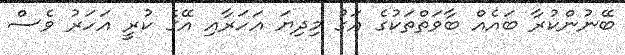
ބޭނުންކުރާ ބައެއް ބާވަތްތަކުގެ އަގު މިދިޔަ އަހަރާއި އޭގެ ކުރީ އަހަރު ވެސް